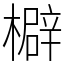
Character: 檘